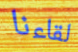
لقاءنا